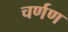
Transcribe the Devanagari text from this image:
चर्णण